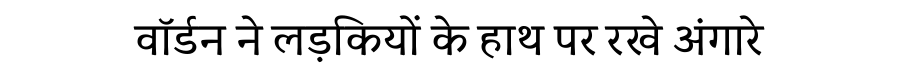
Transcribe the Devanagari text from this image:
वॉर्डन ने लड़कियों के हाथ पर रखे अंगारे